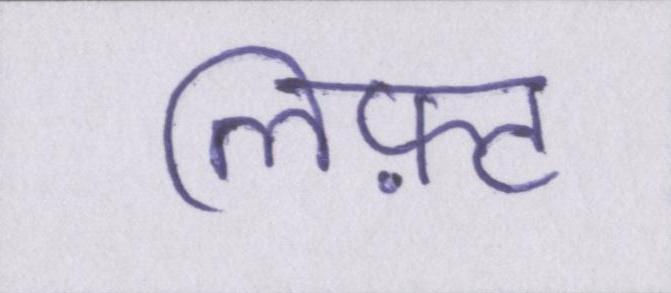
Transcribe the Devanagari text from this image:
लिफ़्ट